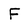
Character: F